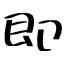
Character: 即